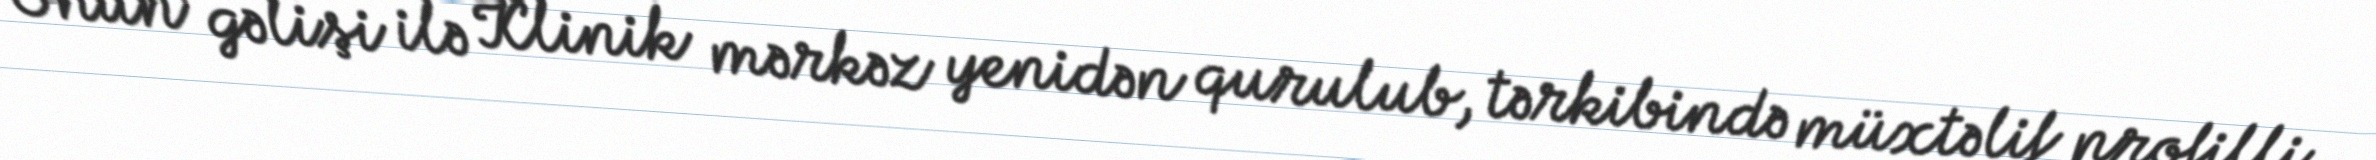
Onun gəlişi ilə Klinik mərkəz yenidən qurulub, tərkibində müxtəlif profilli